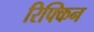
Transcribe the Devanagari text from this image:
रिफ्किन